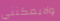
ولايمكنني